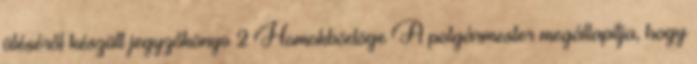
üléséről készült jegyzőkönyv 2 Homokbödöge A polgármester megállapítja, hogy